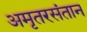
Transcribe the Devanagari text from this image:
अमृतरसंतान